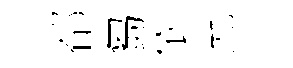
郤芻依允